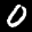
Label: 0